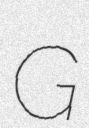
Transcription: G